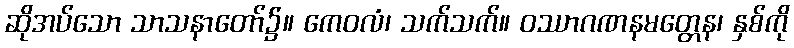
ဆိုအပ်သော သာသနာတော်၌။ ကေဝလံ၊ သက်သက်။ ဝဿာဂဏနမတ္တေန၊ နှစ်ကို